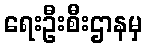
ရေးဦးစီးဌာနမှ